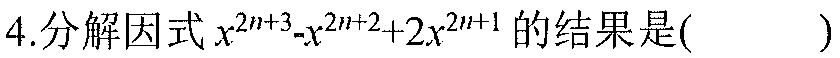
4.分解因式\(x^{2n + 3}-x^{2n+2}+2x^{2n + 1}\)的结果是( )